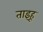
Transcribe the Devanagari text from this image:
ताइहू